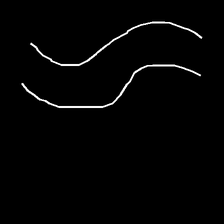
Glyph: float